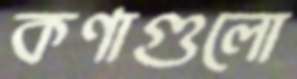
কণাগুলো